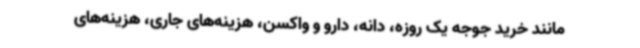
مانند خرید جوجه یک روزه، دانه، دارو و واکسن، هزینه‌های جاری، هزینه‌های